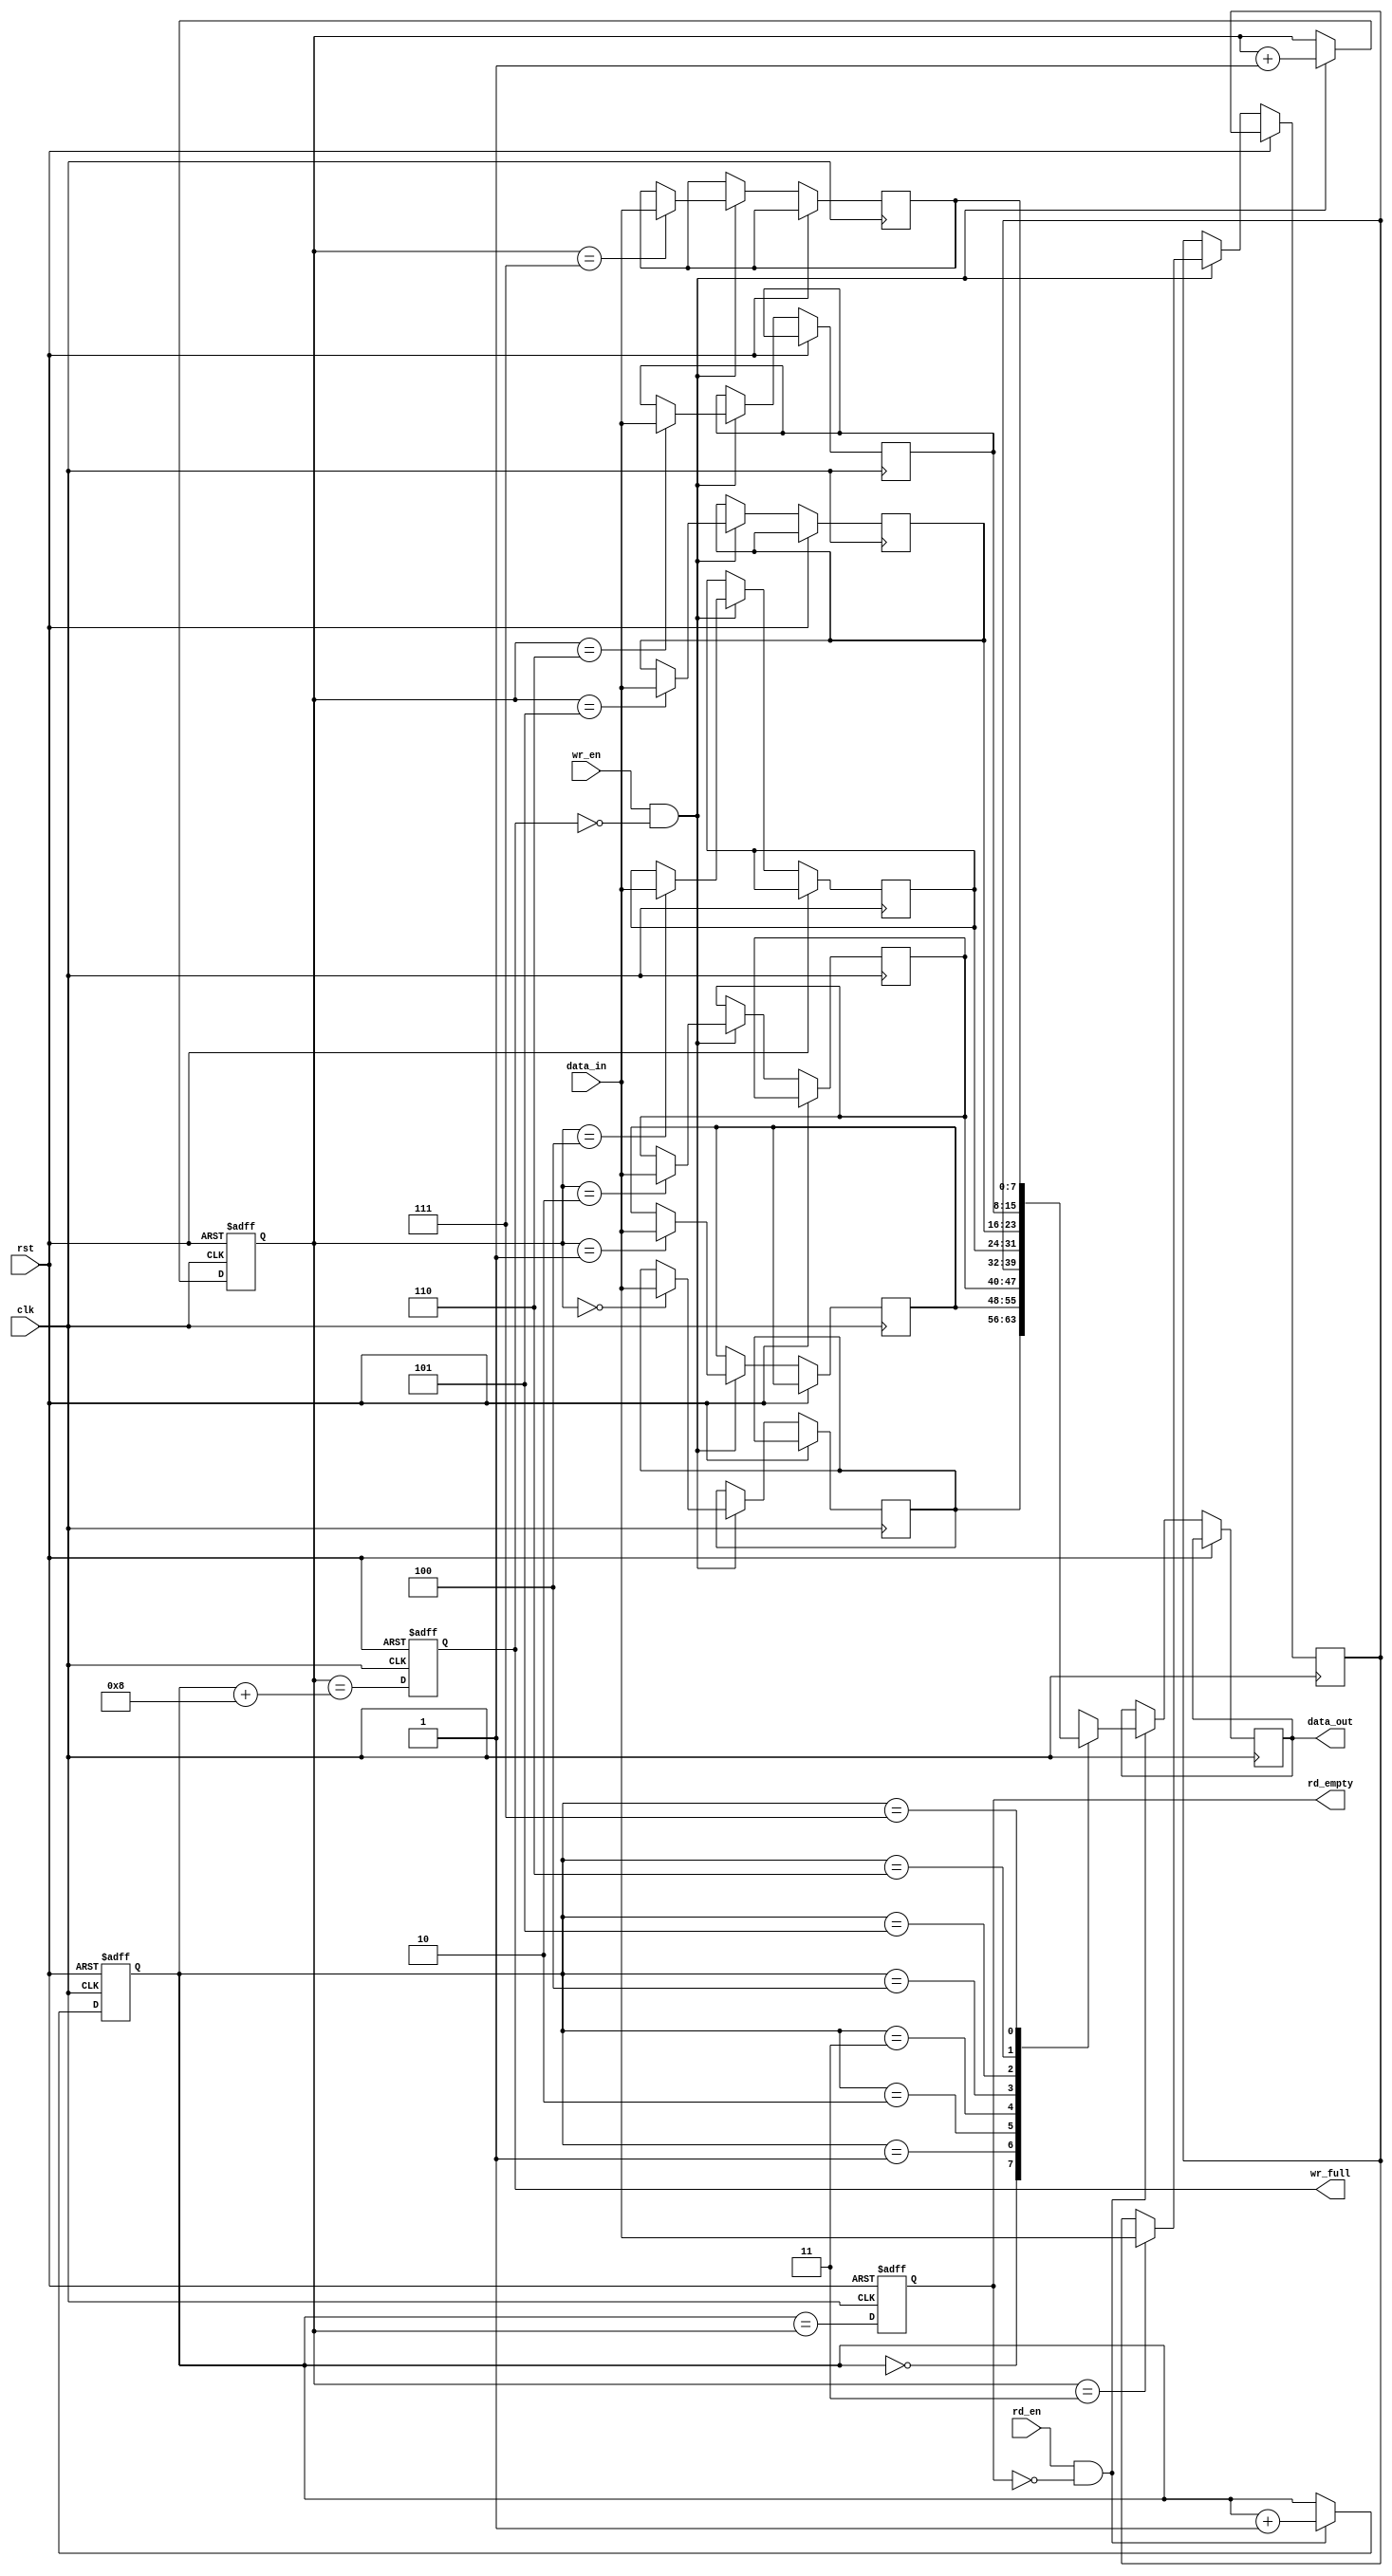
module FIFO_buffer(
    input wire clk,
    input wire rst,
    input wire wr_en,
    input wire rd_en,
    input wire [7:0] data_in,
    output reg [7:0] data_out,
    output reg wr_full,
    output reg rd_empty
);

parameter FIFO_DEPTH = 8; // Set the depth of the FIFO buffer

reg [7:0] memory [0:FIFO_DEPTH-1]; // FIFO buffer memory array
reg [2:0] write_ptr, read_ptr; // Write and read pointers

always @(posedge clk or posedge rst) begin
    if (rst) begin
        write_ptr <= 0;
        read_ptr <= 0;
        wr_full <= 0;
        rd_empty <= 1;
    end else begin
        // Write operation
        if (wr_en && !wr_full) begin
            memory[write_ptr] <= data_in;
            write_ptr <= write_ptr + 1;
            wr_full <= (write_ptr == read_ptr + FIFO_DEPTH);
        end
        
        // Read operation
        if (rd_en && !rd_empty) begin
            data_out <= memory[read_ptr];
            read_ptr <= read_ptr + 1;
            rd_empty <= (read_ptr == write_ptr);
        end
        
        // Check if FIFO buffer is full or empty
        wr_full <= (write_ptr == read_ptr + FIFO_DEPTH);
        rd_empty <= (read_ptr == write_ptr);
    end
end

endmodule